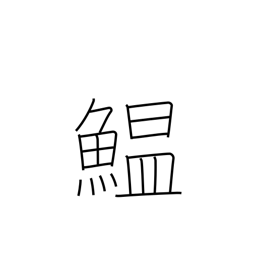
Meaning: sardine